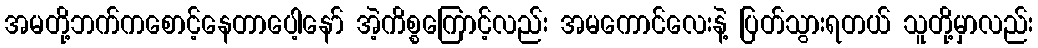
အမတို့ဘက်ကစောင့်နေတာပေါ့နော် အဲ့ကိစ္စကြောင့်လည်း အမကောင်လေးနဲ့ ပြတ်သွားရတယ် သူတို့မှာလည်း